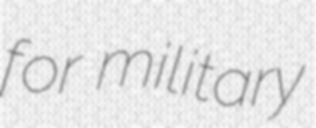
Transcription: for military